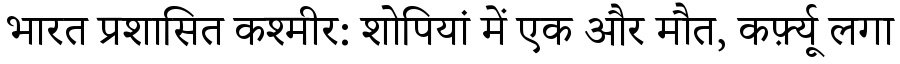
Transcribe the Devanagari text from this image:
भारत प्रशासित कश्मीर: शोपियां में एक और मौत, कर्फ़्यू लगा